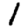
Digit: 1